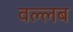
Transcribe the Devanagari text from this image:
वल्लब